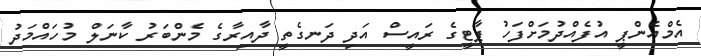
އެމްއެންޕީ އުފެއްދުމަށްފަހު ޕާޓީގެ ރައީސް އަދި ދަނގެތީ ދާއިރާގެ މެންބަރު ކާނަލް މުހައްމަދު